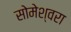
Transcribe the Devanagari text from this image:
सोमेश्वरा